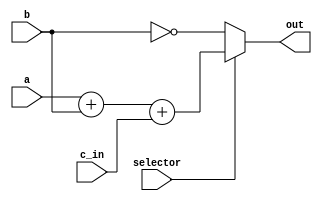
`timescale 1ns / 1ps
//////////////////////////////////////////////////////////////////////////////////
// Company: 
// Engineer: 
// 
// Design Name: 
// Module Name: verification_connector
// Project Name: 
// Target Devices: 
// Tool Versions: 
// Description: 
// 
// Dependencies: 
// 
// Revision:
// Revision 0.01 - File Created
// Additional Comments:
// 
//////////////////////////////////////////////////////////////////////////////////


module verification_connector(out, selector, a, b, c_in);
    parameter width = 1;
    
    // Inputs
    input [width-1:0]       a, b;
    input                   c_in, selector;
    
    // Outputs
    output [width-1:0]      out;
    
    assign {out} = selector ? a + b + c_in : ~b;
endmodule